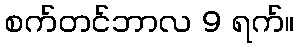
စက်တင်ဘာလ 9 ရက်။